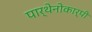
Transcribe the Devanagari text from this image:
पार्थेनोकार्पी